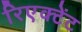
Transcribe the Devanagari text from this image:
रिएक्टेंट